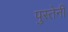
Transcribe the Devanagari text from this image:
पुस्तेनी